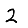
Digit: 2